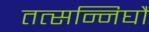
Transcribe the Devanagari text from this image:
तत्सन्निघौ